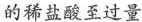
的稀盐酸至过量